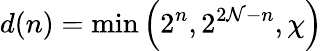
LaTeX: d(n)=\operatorname*{min}\left(2^{n},2^{2\mathcal{N}-n},\chi\right)